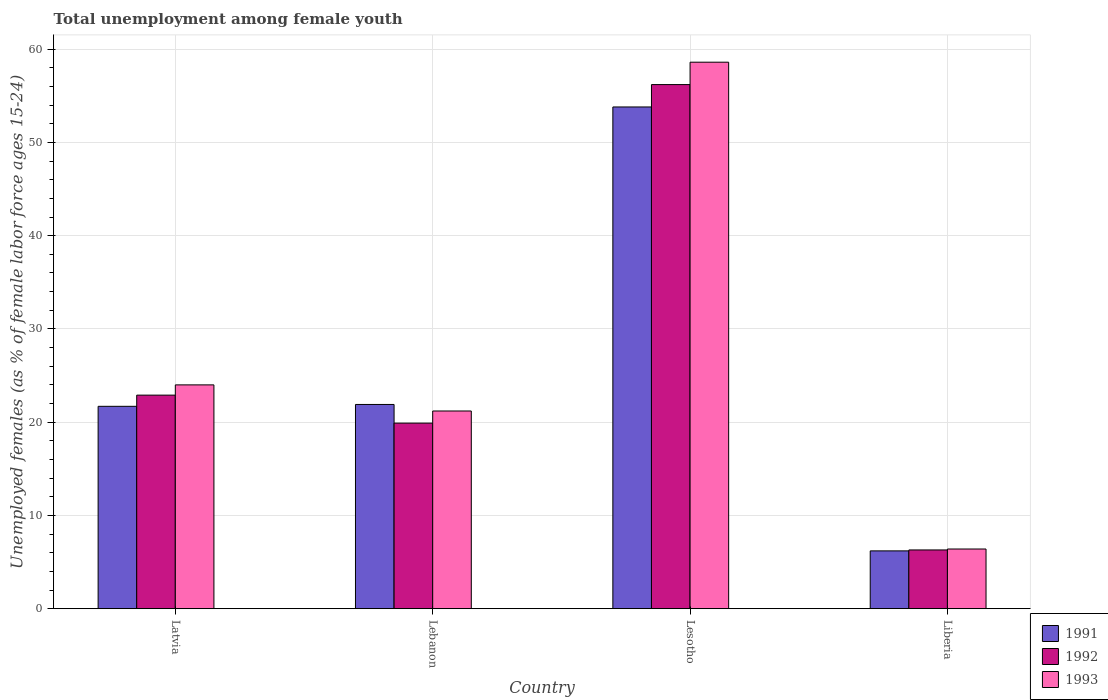
| Country | 1991 | 1992 | 1993 |
 | --- | --- | --- | --- |
 | Latvia | 21.7 | 22.9 | 24 |
 | Lebanon | 21.9 | 19.9 | 21.2 |
 | Lesotho | 53.8 | 56.2 | 58.6 |
 | Liberia | 6.2 | 6.3 | 6.4 |